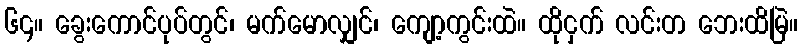
၆၄။ ခွေးကောင်ပုပ်တွင်၊ မက်မောလျှင်၊ ကျော့ကွင်းထဲ။ ထိုငှက် လင်းတ ဘေးထိမြဲ။